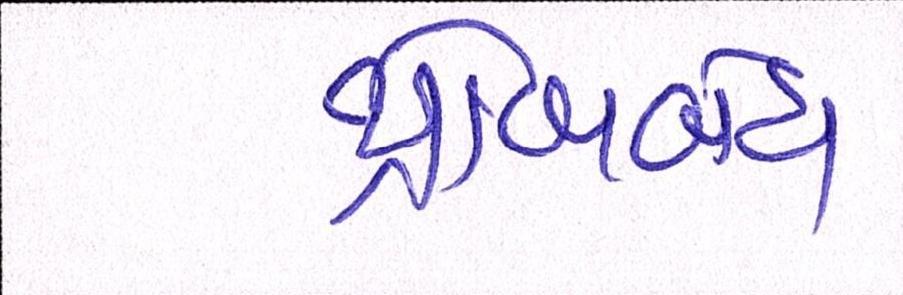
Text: થોકબંધ